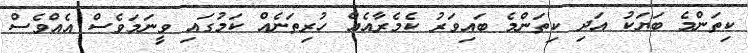
ކިތަންމެ ބަޔަކު އަދި ކިތަންމެ ބައިވަރު ކެމެރާއެއް ހުރިތަނެއް ކަމުގައި ވީނަމަވެސް އެއްވެސް